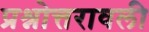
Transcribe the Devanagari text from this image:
प्रश्नोत्तरावली